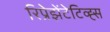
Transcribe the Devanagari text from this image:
रिप्रेझेंटेटिव्ह्स